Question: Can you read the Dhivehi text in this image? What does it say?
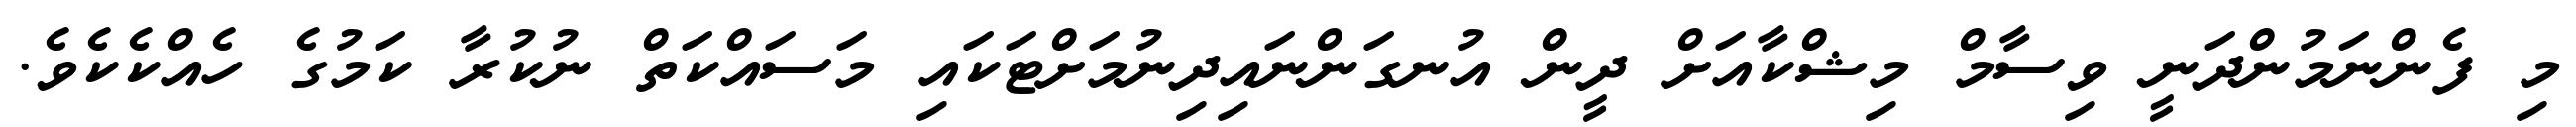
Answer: މި ފެންނަމުންދަނީ ވިސާމް މިޝްކާއަށް ދީން އުނގަންނައިދިނުމަށްޓަކައި މަސައްކަތް ނުކުރާ ކަމުގެ ހެއްކެކެވެ.